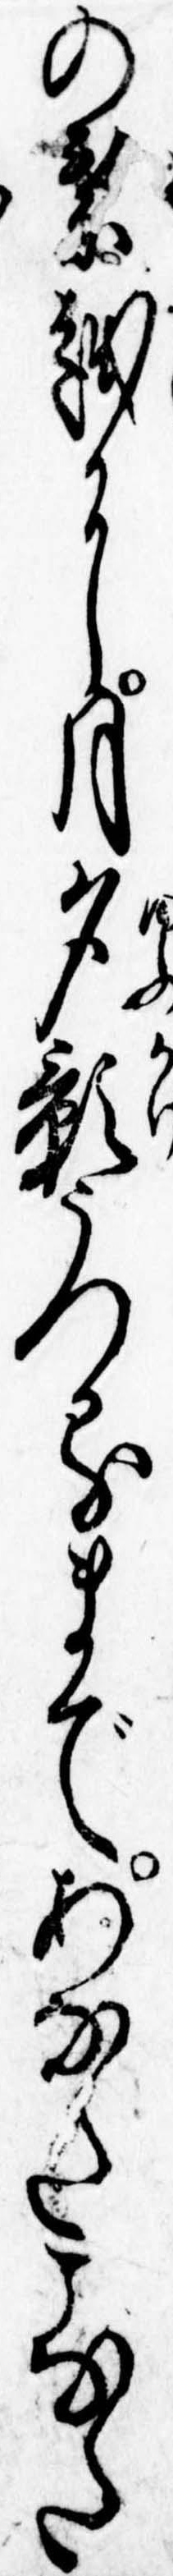
の葉越に月夕影うつるまであなたこなた